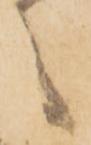
之